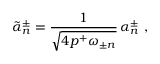
\tilde { \alpha } _ { n } ^ { \pm } = { \frac { 1 } { \sqrt { 4 p ^ { + } \omega _ { \pm n } } } } \, \alpha _ { n } ^ { \pm } \ ,